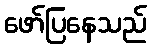
ဖော်ပြနေသည်